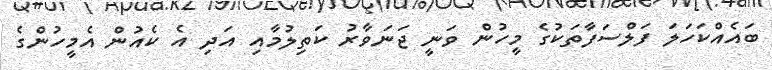
ބައެއްކަހަލަ ފަލްސަފާތަކުގެ މީހުން ވަނީ ޖަނަވާރު ކަތިލުމާއި އަދި އެ ކެއުން އެމީހުންގެ